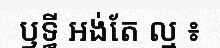
ឫទ្ធី អង់តែ ល្ម ៖